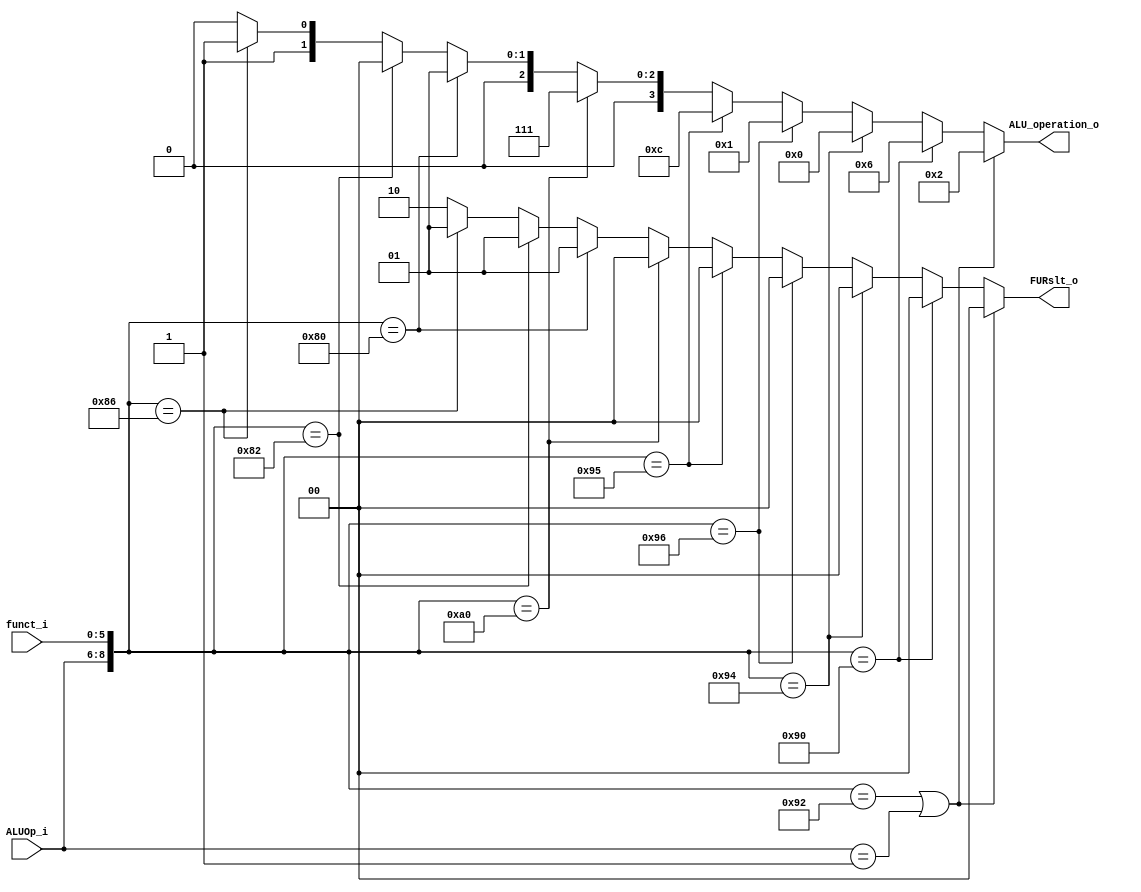
module ALU_Ctrl( funct_i, ALUOp_i, ALU_operation_o, FURslt_o );

//I/O ports 
input      [6-1:0] funct_i;
input      [3-1:0] ALUOp_i;

output     [4-1:0] ALU_operation_o;  
output     [2-1:0] FURslt_o;
     
//Internal Signals
wire		[4-1:0] ALU_operation_o;
wire		[2-1:0] FURslt_o;

//Main function
assign	ALU_operation_o = ({ALUOp_i,funct_i} == 9'b010_010010 || ALUOp_i == 3'b001) ? 4'b0010://add
				({ALUOp_i,funct_i} == 9'b010_010000) ? 4'b0110://sub
				({ALUOp_i,funct_i} == 9'b010_010100) ? 4'b0000://and
				({ALUOp_i,funct_i} == 9'b010_010110) ? 4'b0001://or
				({ALUOp_i,funct_i} == 9'b010_010101) ? 4'b1100://nor
				({ALUOp_i,funct_i} == 9'b010_100000) ? 4'b0111://slt
				({ALUOp_i,funct_i} == 9'b010_000000) ? 4'b0001://sll
				({ALUOp_i,funct_i} == 9'b010_000010) ? 4'b0000://srl
				({ALUOp_i,funct_i} == 9'b010_000110) ? 4'b0011://sllv
				4'b0010;//srlv

assign	FURslt_o = ({ALUOp_i,funct_i} == 9'b010_010010 || ALUOp_i == 3'b001) ? 0://add
				({ALUOp_i,funct_i} == 9'b010_010000) ? 0://sub
				({ALUOp_i,funct_i} == 9'b010_010100) ? 0://and
				({ALUOp_i,funct_i} == 9'b010_010110) ? 0://or
				({ALUOp_i,funct_i} == 9'b010_010101) ? 0://nor
				({ALUOp_i,funct_i} == 9'b010_100000) ? 0://slt
				({ALUOp_i,funct_i} == 9'b010_000000) ? 1://sll
				({ALUOp_i,funct_i} == 9'b010_000010) ? 1://srl
				({ALUOp_i,funct_i} == 9'b010_000110) ? 1://sllv
				({ALUOp_i,funct_i} == 9'b010_000110) ? 1://srlv
				2;//lui

endmodule